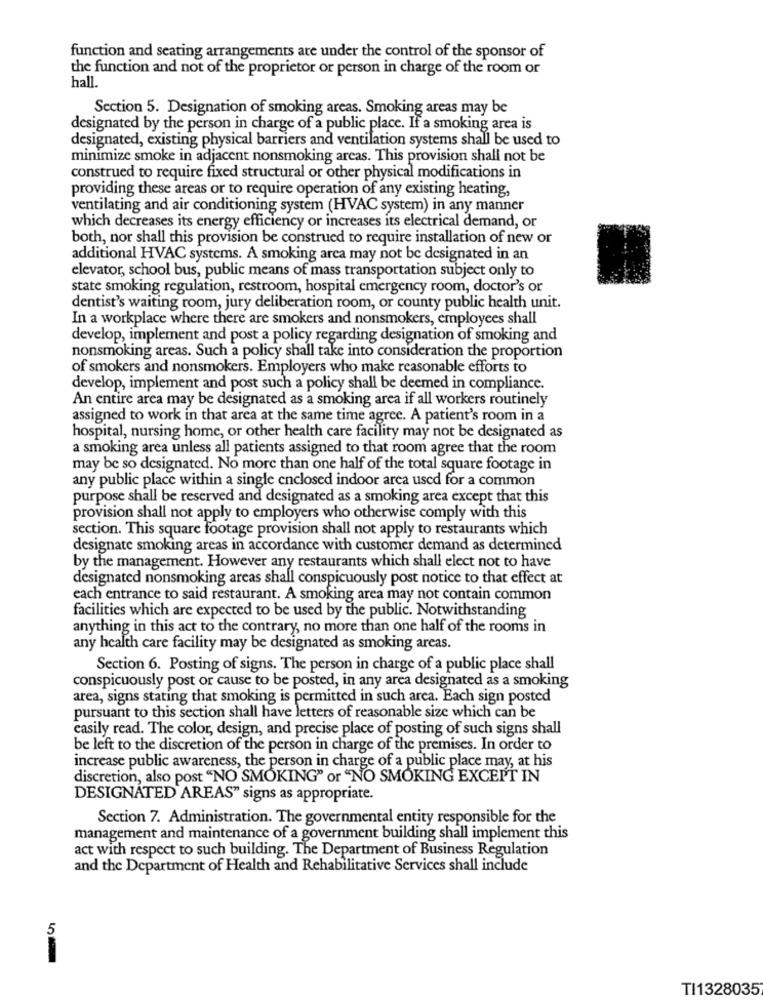
function and seating arrangements are under the control of the sponsor of
the function and not of the proprietor or person in charge of the room or
hall.
Section 5. Designation of smoking areas. Smoking areas may be
designated by the person in charge of a public place. If a smoking area is
designated, existing physical barriers and ventilation systems shall be used to
minimize smoke in adjacent nonsmoking areas. This provision shall not be
construed to require fixed structural or other physical modifications in
providing these areas or to require operation of any existing heating,
ventilating and air conditioning system (HVAC system) in any manner
which decreases its energy efficiency or increases its electrical demand, or
both, nor shall this provision be construed to require installation of new or
additional HVAC systems. A smoking arca may not be designated in an
elevator, school bus, public means of mass transportation subject only to
state smoking regulation, restroom, hospital emergency room, doctor's or
dentist's waiting room, jury deliberation room, or county public health unit.
In a workplace where there are smokers and nonsmokers, employees shall
develop, implement and post a policy regarding designation of smoking and
nonsmoking areas. Such a policy shall take into consideration the proportion
of smokers and nonsmokers. Employers who make reasonable efforts to
develop, implement and post such a policy shall be deemed in compliance.
An entire area may be designated as a smoking area if all workers routinely
assigned to work in that area at the same time agree. A patient's room in a
hospital, nursing home, or other health care facility may not be designated as
a smoking area unless all patients assigned to that room agree that the room
may be so designated. No more than one half of the total square footage in
any public place within a single enclosed indoor area used for a common
purpose shall be reserved and designated as a smoking area except that this
provision shall not apply to employers who otherwise comply with this
section. This square footage provision shall not apply to restaurants which
designate smoking areas in accordance with customer demand as determined
by the management. However any restaurants which shall elect not to have
designated nonsmoking areas shall conspicuously post notice to that effect at
each entrance to said restaurant. A smoking area may not contain common
facilities which are expected to be used by the public. Notwithstanding
anything in this act to the contrary, no more than one half of the rooms in
any health care facility may be designated as smoking areas.
Section 6. Posting of signs. The person in charge of a public place shall
conspicuously post or cause to be posted, in any area designated as a smoking
area, signs stating that smoking is permitted in such area. Each sign posted
pursuant to this section shall have letters of reasonable size which can be
easily read. The color, design, and precise place of posting of such signs shall
be left to the discretion of the person in charge of the premises. In order to
increase public awareness, the person in charge of a public place may, at his
discretion, also post "NO SMOKING" or "NO SMOKING EXCEPT IN
DESIGNATED AREAS" signs as appropriate.
Section 7. Administration. The governmental entity responsible for the
management and maintenance of a government building shall implement this
act with respect to such building. The Department of Business Regulation
and the Department of Health and Rehabilitative Services shall include
5
TI1328035